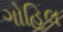
ગોહિલ